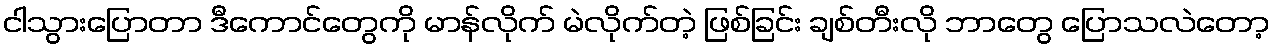
ငါသွားပြောတာ ဒီကောင်တွေကို မာန်လိုက် မဲလိုက်တဲ့ ဖြစ်ခြင်း ချစ်တီးလို ဘာတွေ ပြောသလဲတော့